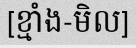
[ខ្មាំង-មិល]